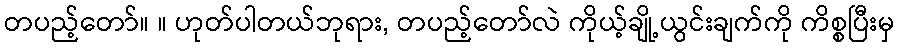
တပည့်တော်။ ။ ဟုတ်ပါတယ်ဘုရား, တပည့်တော်လဲ ကိုယ့်ချို့ယွင်းချက်ကို ကိစ္စပြီးမှ